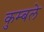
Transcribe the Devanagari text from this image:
कुम्बले